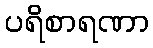
ပရိစာရဏာ